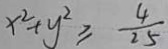
x ^ { 2 } + y ^ { 2 } \geq \frac { 4 } { 2 5 }